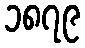
၁၈၇၉